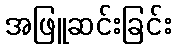
အဖြူဆင်းခြင်း